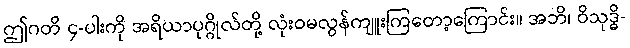
ဤဂတိ ၄-ပါးကို အရိယာပုဂ္ဂိုလ်တို့ လုံးဝမလွန်ကျူးကြတော့ကြောင်း။ အဘိ၊ ဝိသုဒ္ဓိ-